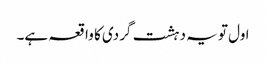
اول تو یہ دہشت گردی کا واقعہ ہے۔